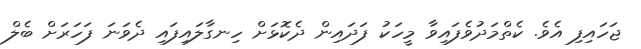
ޖަހައިފި އެވެ. ކެތްމަދުވެފައިވާ މީހަކު ފަދައިން ދެކޮޅަށް ހިނގާލައިފައި ދެވަނަ ފަހަރަށް ބެލް